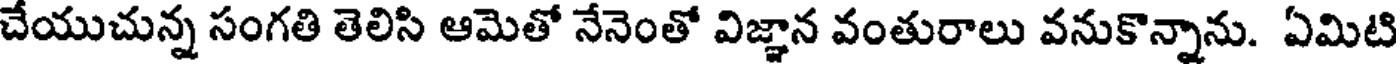
చేయుచున్న సంగతి తెలిసి ఆమెతో నేనెంతో విజ్ఞాన వంతురాలు వనుకొన్నాను. ఏమిటి